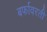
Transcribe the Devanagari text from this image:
बर्फावरती